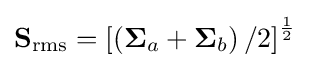
\mathbf {S} _{\text{rms}}=\left[\left(\mathbf {\Sigma } _{a}+\mathbf {\Sigma } _{b}\right)/2\right]^{\frac {1}{2}}